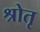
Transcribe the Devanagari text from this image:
श्रोतृ